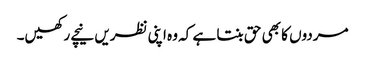
مردوں کا بھی حق بنتا ہے کہ وہ اپنی نظریں نیچے رکھیں۔